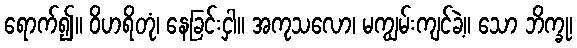
ရောက်၍။ ဝိဟရိတုံ၊ နေခြင်းငှါ။ အကုသလော၊ မကျွမ်းကျင်ခဲ့။ သော ဘိက္ခု၊